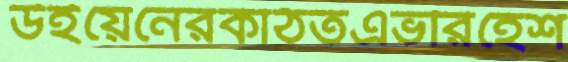
উইয়েনেরকাঠতএভরিহেশ